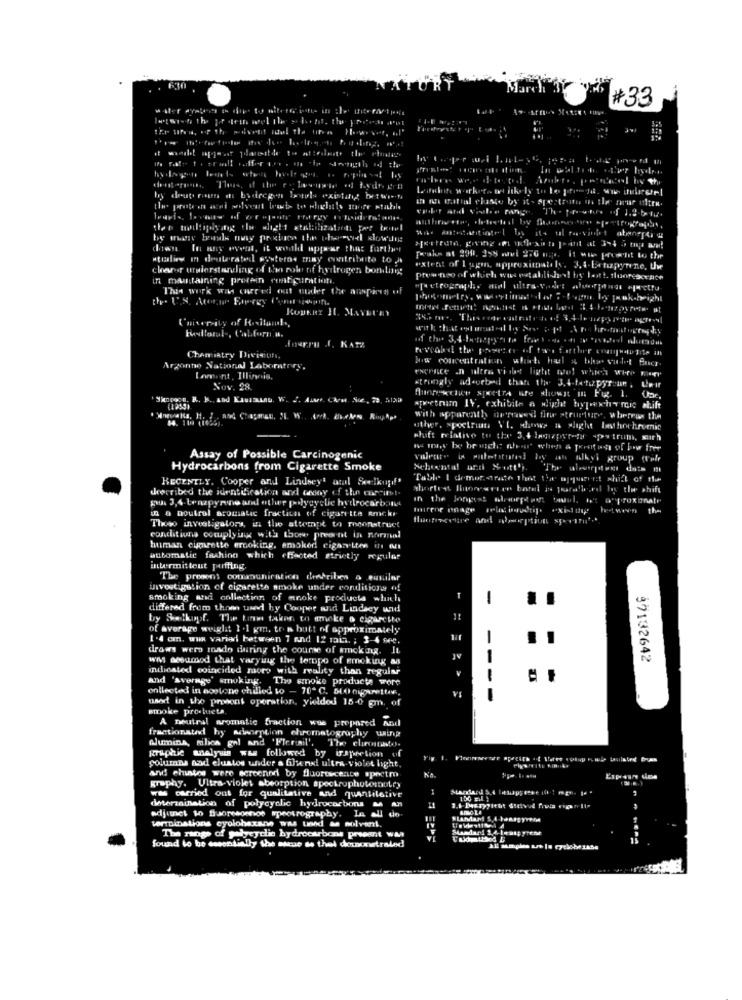
#33
The prostr . 1.2.512
downs In any avetal, it will appear that further
studies In deuterateil Kysterne may evitribute to A
claroir urgierstangling of the role of hydrogen bombing
extent of I ugin, approximately. 3.3-E+ fizpyrene, Uwe
in maintaining protein configuration
prew hoo of which was established! by lot! fluorescente
This work was carried out under the ansphes of
"pacteography atal ultra-Vadet aldorfdias #farctfu
University of R.Handl .,
Hoegru J. KATZ
Chemiatry Division,
Now concentrations whats hael a blue vundet Fuer
Argonne National Laboratory,
rxerace .n ultra violet light tool which Were mery
strongly adsorbad than the 3. 4-fetupyran , L'e it
Nov. 28.
Huonechce STRetTA se showit m Fig. 1.
(1955)
spectrum IV, exhibits a wlicht typenchemic shift
14. 110 (10)
With apparenth nernawed! fitw structure, whereas the
shift relative to the 3.4 legizpyt-for apps trum, with
Assay of Possible Carcinogenic
Hydrocarbons from Cigarette Smoke
Schontal and Sott').
RECENTLY. Cooper and Lindsey' atal Seelkopf'
Table I demorarade thet Cher ajuzent shift of de
theecribed the identification and tesoy of the mecitst.
shortest linoreseten barel ins foralle,ed by the shift
pu 3,4 Lenzpyrone and other polycystic hydrocarbon
in the longest writepoint tauel. iet a"proxiate
in a noutral aromatic fraction of cigarette Rmckr
mirror page
The
flumpiseefire and adeptiun speetin
Those investigators, in the attempt to reconstruct
conditions complying with those preernt in normu
human cymrette eroking, smoked cigarettes the At
automatic fashion which effected strictly regular
intermittent puffing
The present communication describes o suniler
investigation of cigarette smoke under conditions of
smoking and collectinn of anoke products which
1
differed from thoen und hy Cooper and Lindsey und
by Selkopf. The time taken to smoke & cigarette
of average weight 1 .1 gm. tr. s hutt of approximately
1 .4 cm, wux variar between 1 and 12 main. ; 3-4 see.
draws wers roado during the course of smoking. It
--
wMi sesamod that varying the teropo of smoking as
97132642
indicated coincided mors with reality than regular
and 'average' smoking. The smoke products wore
ontlected in aostone chilled to - 70 ℃. Sto niparettav.
VI
wort in the proont operation, yielded 15-0 gm. of
---
smoke pro.lucta.
A neutral aromatic fraction was prepared and
fractionaladd hy misorption chromatography uaing
Alumina, mbos gol and 'Flerail'.
The chromato.
Columns nad elustos under a file nal ultra violet light.
graphie analysis was followed by irspretion of
Yiş 1.
and! chistes were screened by fluorescence spectro
graphy. Ultra violet abeorption spectrophotototry
was carried out for qualitative and quantiletive
150 zil }
ditermination of polycycle hydrocarbons M An
adjunct to Baoresonnos spectrography. In all do-
#Landart S. I Femagyver4
Leroinations cyolohexane was unid as solvent.
The range of polycyclic hydrocarbons prwent WA
found to be essentially the sue se thel doracastraled